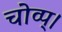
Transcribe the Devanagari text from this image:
चोव्प्।